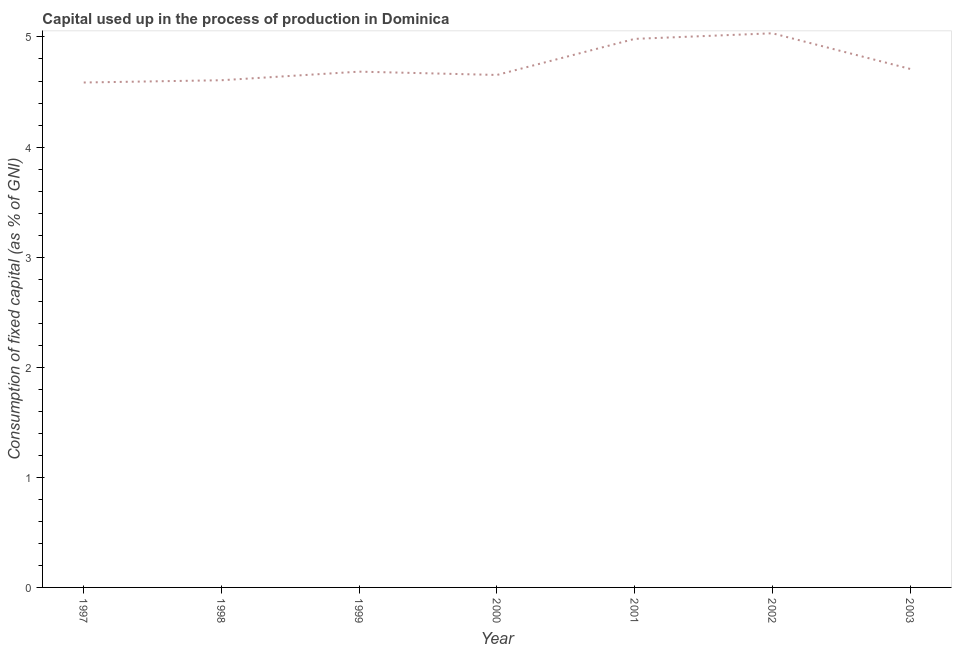
| Year | Consumption of fixed capital |
 | --- | --- |
 | 1997 | 4.59 |
 | 1998 | 4.61 |
 | 1999 | 4.69 |
 | 2000 | 4.65 |
 | 2001 | 4.98 |
 | 2002 | 5.03 |
 | 2003 | 4.71 |